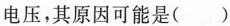
电压，其原因可能是( )